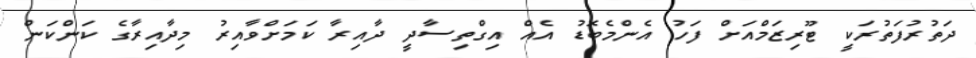
ދަތުރުފަތުރަކީ ޓޫރިޒަމްއަށް ފަހު އެންމެބޮޑު އެއް އިގްތިސާދީ ދާއިރާ ކަމަށްވާއިރު މިދާއިރާގެ ކަންކަން